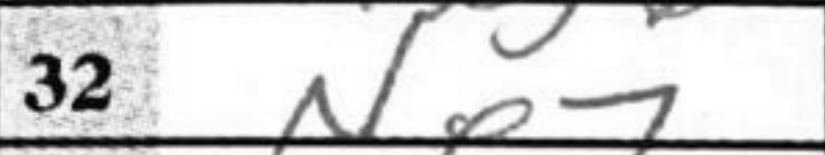
Transcription: Ne7